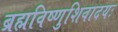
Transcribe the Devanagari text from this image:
ब्रह्मविष्णुशिवादयः